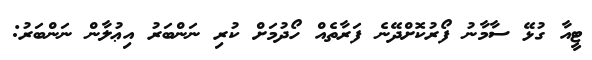
ޓީއާ ގުޅޭ ސާމާނު ފޯރުކޮށްދޭނެ ފަރާތެއް ހޯދުމަށް ކުރި ނަންބަރު އިޢުލާން ނަންބަރު: